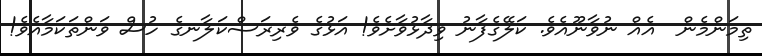
ތިމަންމެން  އެއް ނުވާނޫއެވެ. ކަލޭގެފާނު ވިދާޅުވާށެވެ! އަޅުގެ ވެރިރަސްކަލާނގެ ހުސް ވަންތަކަމާއެވެ!